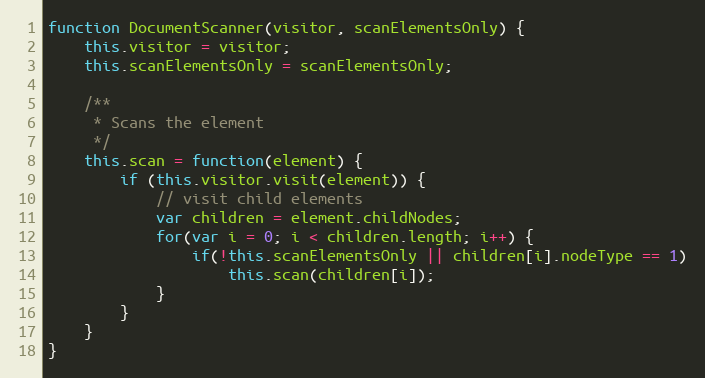
Language: JavaScript
function DocumentScanner(visitor, scanElementsOnly) {
	this.visitor = visitor;
	this.scanElementsOnly = scanElementsOnly;

	/**
	 * Scans the element
	 */
	this.scan = function(element) {
		if (this.visitor.visit(element)) {
			// visit child elements
			var children = element.childNodes;
			for(var i = 0; i < children.length; i++) {
				if(!this.scanElementsOnly || children[i].nodeType == 1)
					this.scan(children[i]);
			}
		}
	}
}